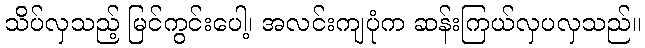
သိပ်လှသည့် မြင်ကွင်းပေါ့၊ အလင်းကျပုံက ဆန်းကြယ်လှပလှသည်။